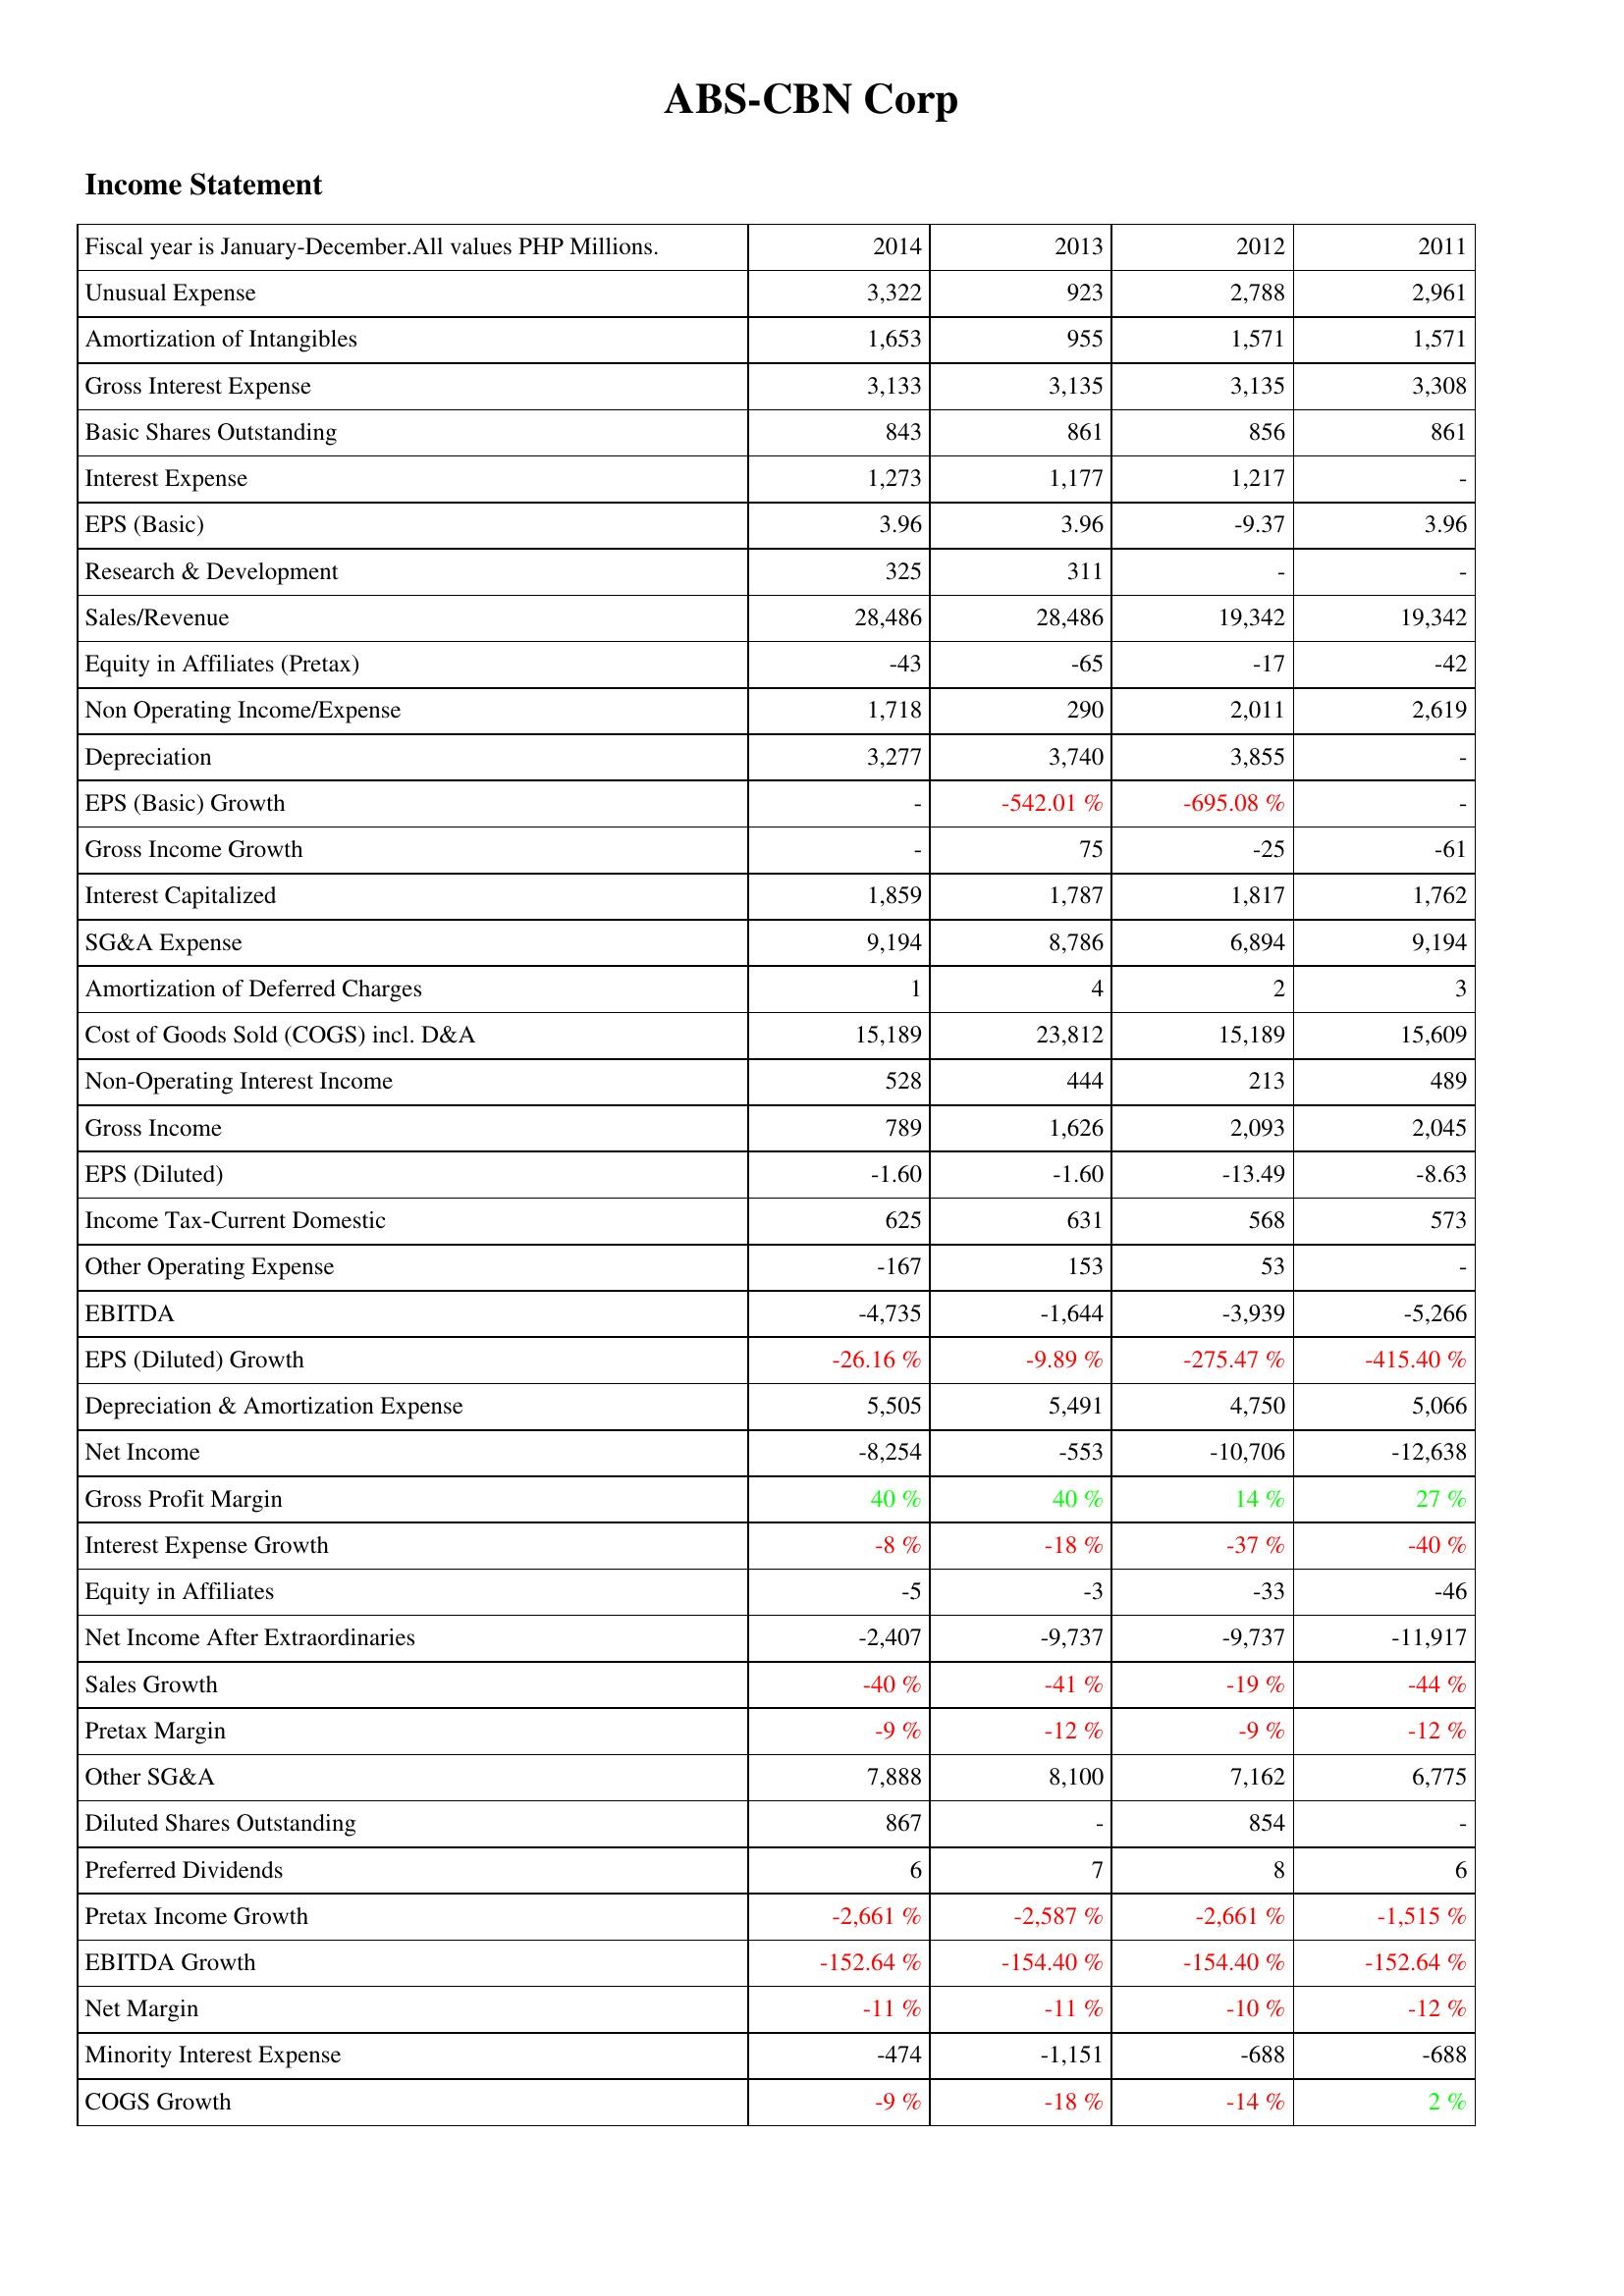
2014: Income Statement: Unusual Expense: 3,322
Amortization of Intangibles: 1,653
Gross Interest Expense: 3,133
Basic Shares Outstanding: 843
Interest Expense: 1,273
EPS (Basic): 3.96
Research & Development: 325
Sales/Revenue: 28,486
Equity in Affiliates (Pretax): -43
Non Operating Income/Expense: 1,718
Depreciation: 3,277
EPS (Basic) Growth: -
Gross Income Growth: -
Interest Capitalized: 1,859
SG&A Expense: 9,194
Amortization of Deferred Charges: 1
Cost of Goods Sold (COGS) incl. D&A: 15,189
Non-Operating Interest Income: 528
Gross Income: 789
EPS (Diluted): -1.60
Income Tax-Current Domestic: 625
Other Operating Expense: -167
EBITDA: -4,735
EPS (Diluted) Growth: -26.16 %
Depreciation & Amortization Expense: 5,505
Net Income: -8,254
Gross Profit Margin: 40 %
Interest Expense Growth: -8 %
Equity in Affiliates: -5
Net Income After Extraordinaries: -2,407
Sales Growth: -40 %
Pretax Margin: -9 %
Other SG&A: 7,888
Diluted Shares Outstanding: 867
Preferred Dividends: 6
Pretax Income Growth: -2,661 %
EBITDA Growth: -152.64 %
Net Margin: -11 %
Minority Interest Expense: -474
COGS Growth: -9 %
2013: Income Statement: Unusual Expense: 923
Amortization of Intangibles: 955
Gross Interest Expense: 3,135
Basic Shares Outstanding: 861
Interest Expense: 1,177
EPS (Basic): 3.96
Research & Development: 311
Sales/Revenue: 28,486
Equity in Affiliates (Pretax): -65
Non Operating Income/Expense: 290
Depreciation: 3,740
EPS (Basic) Growth: -542.01 %
Gross Income Growth: 75
Interest Capitalized: 1,787
SG&A Expense: 8,786
Amortization of Deferred Charges: 4
Cost of Goods Sold (COGS) incl. D&A: 23,812
Non-Operating Interest Income: 444
Gross Income: 1,626
EPS (Diluted): -1.60
Income Tax-Current Domestic: 631
Other Operating Expense: 153
EBITDA: -1,644
EPS (Diluted) Growth: -9.89 %
Depreciation & Amortization Expense: 5,491
Net Income: -553
Gross Profit Margin: 40 %
Interest Expense Growth: -18 %
Equity in Affiliates: -3
Net Income After Extraordinaries: -9,737
Sales Growth: -41 %
Pretax Margin: -12 %
Other SG&A: 8,100
Diluted Shares Outstanding: -
Preferred Dividends: 7
Pretax Income Growth: -2,587 %
EBITDA Growth: -154.40 %
Net Margin: -11 %
Minority Interest Expense: -1,151
COGS Growth: -18 %
2012: Income Statement: Unusual Expense: 2,788
Amortization of Intangibles: 1,571
Gross Interest Expense: 3,135
Basic Shares Outstanding: 856
Interest Expense: 1,217
EPS (Basic): -9.37
Research & Development: -
Sales/Revenue: 19,342
Equity in Affiliates (Pretax): -17
Non Operating Income/Expense: 2,011
Depreciation: 3,855
EPS (Basic) Growth: -695.08 %
Gross Income Growth: -25
Interest Capitalized: 1,817
SG&A Expense: 6,894
Amortization of Deferred Charges: 2
Cost of Goods Sold (COGS) incl. D&A: 15,189
Non-Operating Interest Income: 213
Gross Income: 2,093
EPS (Diluted): -13.49
Income Tax-Current Domestic: 568
Other Operating Expense: 53
EBITDA: -3,939
EPS (Diluted) Growth: -275.47 %
Depreciation & Amortization Expense: 4,750
Net Income: -10,706
Gross Profit Margin: 14 %
Interest Expense Growth: -37 %
Equity in Affiliates: -33
Net Income After Extraordinaries: -9,737
Sales Growth: -19 %
Pretax Margin: -9 %
Other SG&A: 7,162
Diluted Shares Outstanding: 854
Preferred Dividends: 8
Pretax Income Growth: -2,661 %
EBITDA Growth: -154.40 %
Net Margin: -10 %
Minority Interest Expense: -688
COGS Growth: -14 %
2011: Income Statement: Unusual Expense: 2,961
Amortization of Intangibles: 1,571
Gross Interest Expense: 3,308
Basic Shares Outstanding: 861
Interest Expense: -
EPS (Basic): 3.96
Research & Development: -
Sales/Revenue: 19,342
Equity in Affiliates (Pretax): -42
Non Operating Income/Expense: 2,619
Depreciation: -
EPS (Basic) Growth: -
Gross Income Growth: -61
Interest Capitalized: 1,762
SG&A Expense: 9,194
Amortization of Deferred Charges: 3
Cost of Goods Sold (COGS) incl. D&A: 15,609
Non-Operating Interest Income: 489
Gross Income: 2,045
EPS (Diluted): -8.63
Income Tax-Current Domestic: 573
Other Operating Expense: -
EBITDA: -5,266
EPS (Diluted) Growth: -415.40 %
Depreciation & Amortization Expense: 5,066
Net Income: -12,638
Gross Profit Margin: 27 %
Interest Expense Growth: -40 %
Equity in Affiliates: -46
Net Income After Extraordinaries: -11,917
Sales Growth: -44 %
Pretax Margin: -12 %
Other SG&A: 6,775
Diluted Shares Outstanding: -
Preferred Dividends: 6
Pretax Income Growth: -1,515 %
EBITDA Growth: -152.64 %
Net Margin: -12 %
Minority Interest Expense: -688
COGS Growth: 2 %